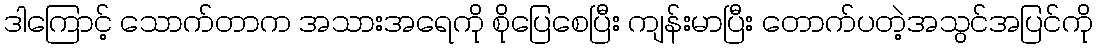
ဒါကြောင့် သောက်တာက အသားအရေကို စိုပြေစေပြီး ကျန်းမာပြီး တောက်ပတဲ့အသွင်အပြင်ကို